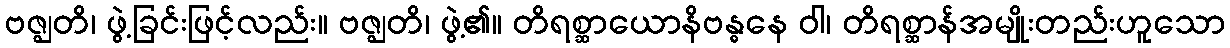
ဗဇ္ဈတိ၊ ဖွဲ့ခြင်းဖြင့်လည်း။ ဗဇ္ဈတိ၊ ဖွဲ့၏။ တိရစ္ဆာယောနိဗန္ဓနေ ဝါ၊ တိရစ္ဆာန်အမျိုးတည်းဟူသော